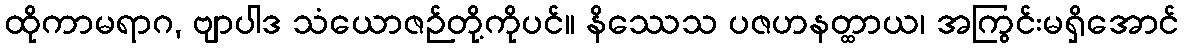
ထိုကာမရာဂ, ဗျာပါဒ သံယောဇဉ်တို့ကိုပင်။ နိဿေသ ပဇဟနတ္ထာယ၊ အကြွင်းမရှိအောင်